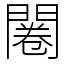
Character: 闂